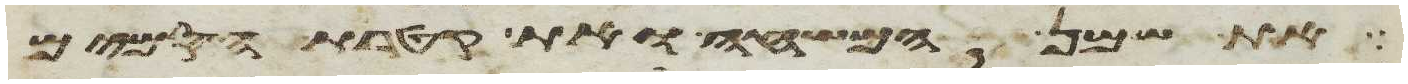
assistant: את שמן המשחה ואת קטרת הסמים